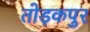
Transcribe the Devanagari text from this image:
तोड़कपुर